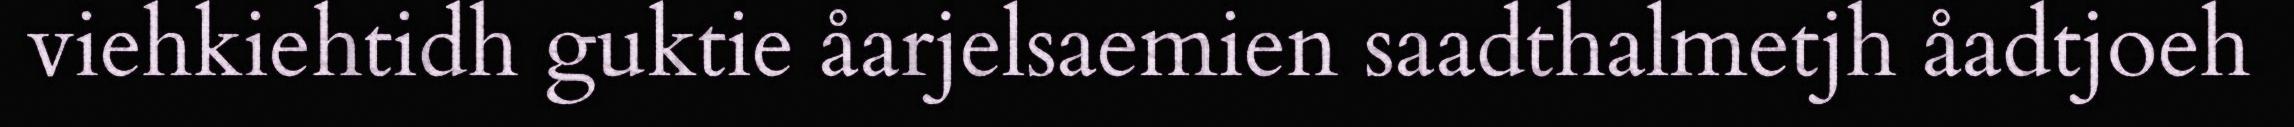
viehkiehtidh guktie åarjelsaemien saadthalmetjh åadtjoeh